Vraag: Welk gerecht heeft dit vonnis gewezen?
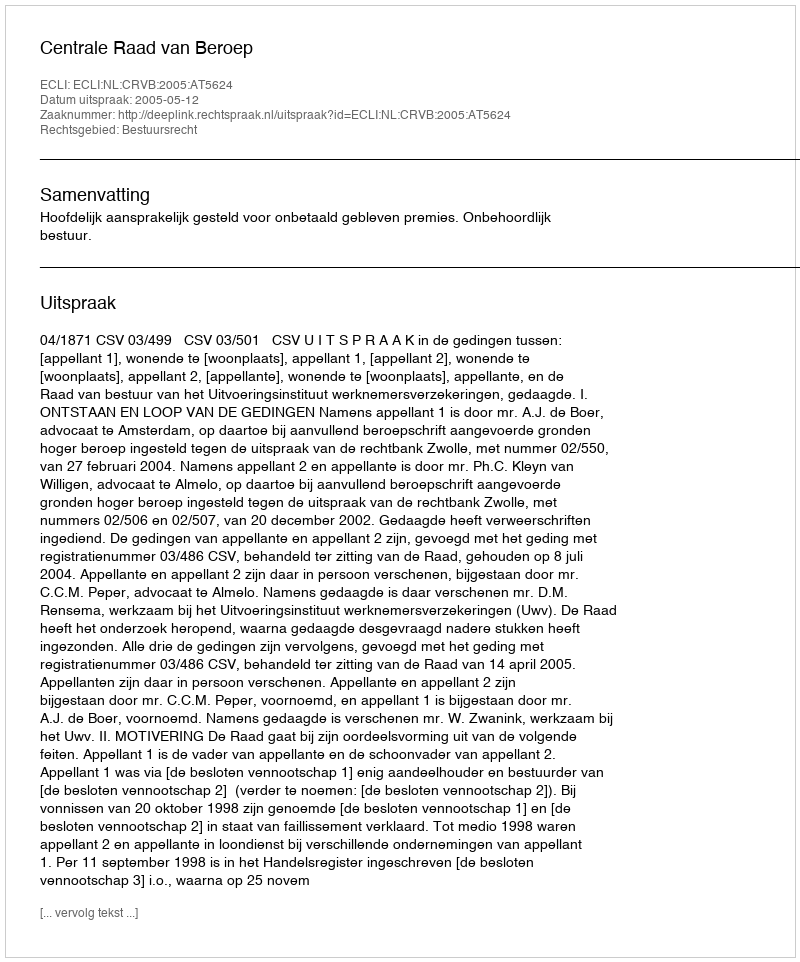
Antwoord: Centrale Raad van Beroep